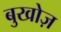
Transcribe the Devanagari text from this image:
बुखोज़